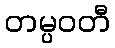
တမ္ပဝတီ